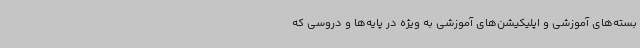
بسته‌های آموزشی و اپلیکیشن‌های آموزشی به ویژه در پایه‌ها و دروسی که